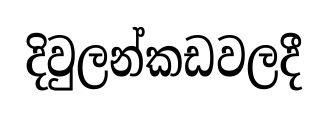
දිවුලන්කඩවලදී